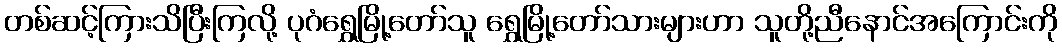
တစ်ဆင့်ကြားသိပြီးကြလို့ ပုဂံရွှေမြို့တော်သူ ရွှေမြို့တော်သားများဟာ သူတို့ညီနောင်အကြောင်းကို